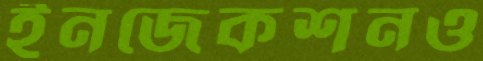
ইনজেকশনও